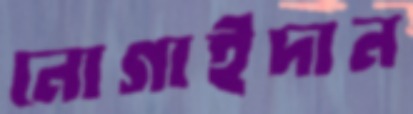
নোগাইদান